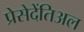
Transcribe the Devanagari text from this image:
प्रेसेदेंतिअल